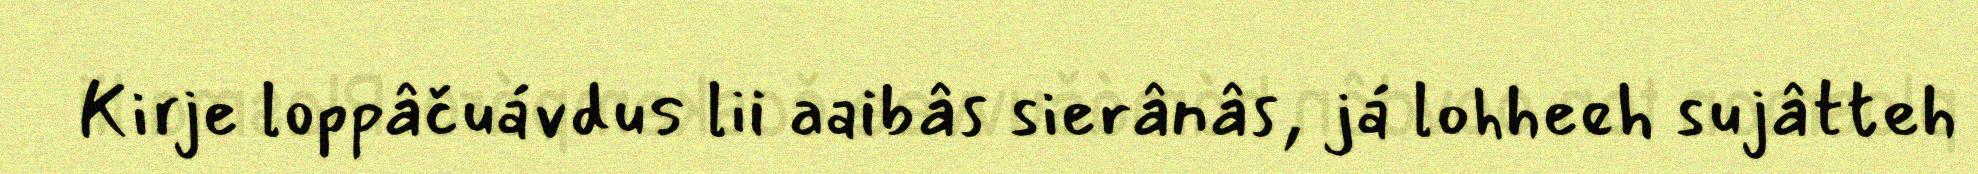
Kirje loppâčuávdus lii aaibâs sierânâs, já lohheeh sujâtteh